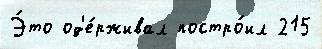
Э́то од'е́рживал постро́ил 215